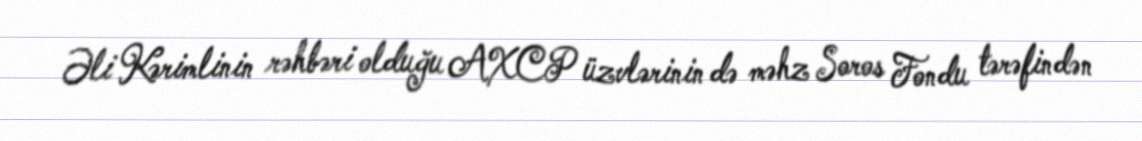
Əli Kərimlinin rəhbəri olduğu AXCP üzvlərinin də məhz Soros Fondu tərəfindən